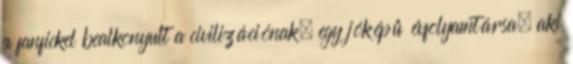
a fanfickel bealkonyult a civilizációnak; egy jóképű évfolyamtársa, aki